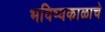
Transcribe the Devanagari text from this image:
भविष्यकाळाचे